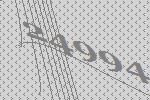
24994